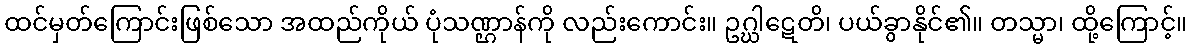
ထင်မှတ်ကြောင်းဖြစ်သော အထည်ကိုယ် ပုံသဏ္ဌာန်ကို လည်းကောင်း။ ဥဂ္ဃါဋေတိ၊ ပယ်ခွာနိုင်၏။ တသ္မာ၊ ထို့ကြောင့်။